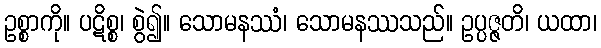
ဥစ္စာကို။ ပဋိစ္စ၊ စွဲ၍။ သောမနဿံ၊ သောမနဿသည်။ ဥပ္ပဇ္ဇတိ၊ ယထာ၊